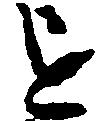
を